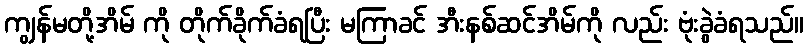
ကျွန်မတို့အိမ် ကို တိုက်ခိုက်ခံရပြီး မကြာခင် အီးနစ်ဆင်အိမ်ကို လည်း ဗုံးခွဲခံရသည်။